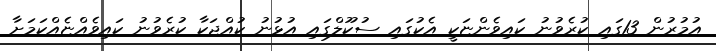
އުމުރުން 13ގައި ކުރެވުނު ކައިވެންޏަކީ އެކުގައި ސުކޫލްގައި އުޅުނު ކުއްޖަކާ ކުރެވުނު ކައިވެއްޏެއްކަމަށާ